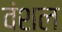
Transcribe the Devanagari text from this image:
वंशल